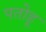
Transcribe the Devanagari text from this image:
पतोहू